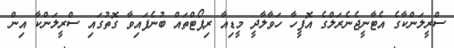
ސްރީލަންކާގެ އެޓާނީޖެނެރަލްގެ އޮފީހާ ހަވާލާދީ މީޑިއާ ރިޕޯޓްތައް ބުނެފައިވާ ގޮތުގައި ސްރީލަންކާ އިން